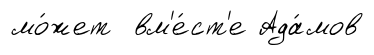
мо́жет вм'е́ст'е Ада́мов